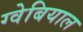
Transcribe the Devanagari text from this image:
ग्वेबियाल